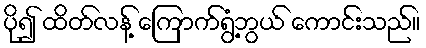
ပို၍ ထိတ်လန့် ကြောက်ရွံ့ဘွယ် ကောင်းသည်။